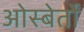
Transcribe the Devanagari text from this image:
ओस्बेर्तों